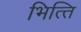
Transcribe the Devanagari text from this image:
भित्‍ति